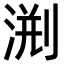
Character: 𣷨